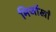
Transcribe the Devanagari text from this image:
मिर्जाखाँ